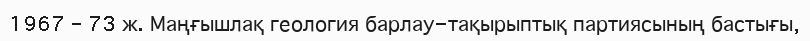
1967 – 73 ж. Маңғышлақ геология барлау-тақырыптық партиясының бастығы,